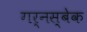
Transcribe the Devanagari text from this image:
गर्नस्बेक